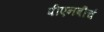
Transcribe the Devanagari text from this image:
पीएनबीचं